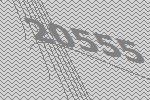
20555